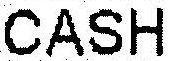
CASH